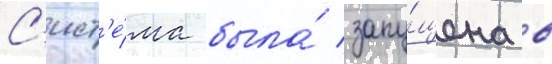
С'ист'е́ма была́ запу́щена в